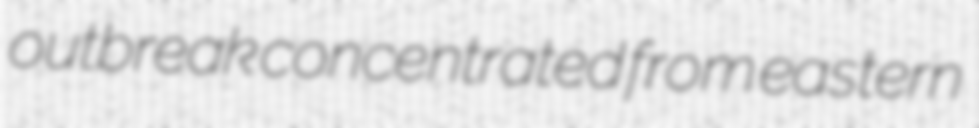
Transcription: outbreak concentrated from eastern